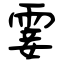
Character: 霎